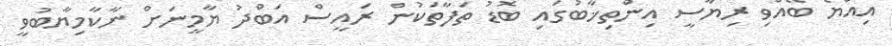
އިއްޔެ ބޭއްވި ރިޔާސީ އިންތިޚާބުގައި ބޮޑު ތަފާތަކުން ރައީސް އަބްދު ޔާމީނަށް ނާކާމިޔާބުވީ